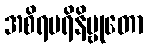
အစိရပရိနိဗ္ဗုတော